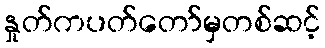
နှုတ်ကပတ်တော်မှတစ်ဆင့်